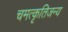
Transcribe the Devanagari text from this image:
चमत्कृतिजन्य